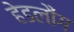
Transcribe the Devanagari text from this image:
हेडलौंग